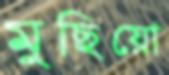
মুছিয়ো